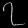
Digit: ၇